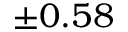
\pm 0 . 5 8